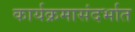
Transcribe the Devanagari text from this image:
कार्यक्रमासंदर्भात